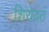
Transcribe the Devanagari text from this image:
शिरोव्रतं